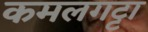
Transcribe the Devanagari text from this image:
कमलगट्टा